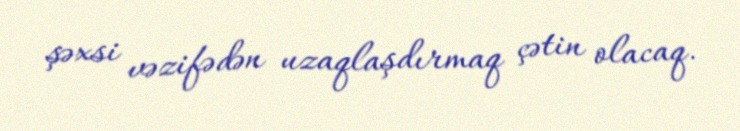
şəxsi vəzifədən uzaqlaşdırmaq çətin olacaq.